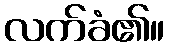
လက်ခံ၏။